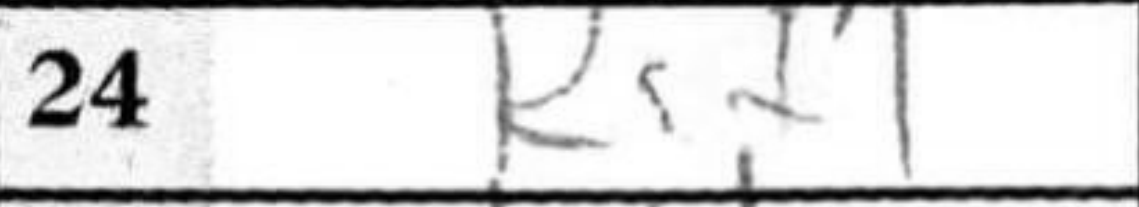
Transcription: Rf1